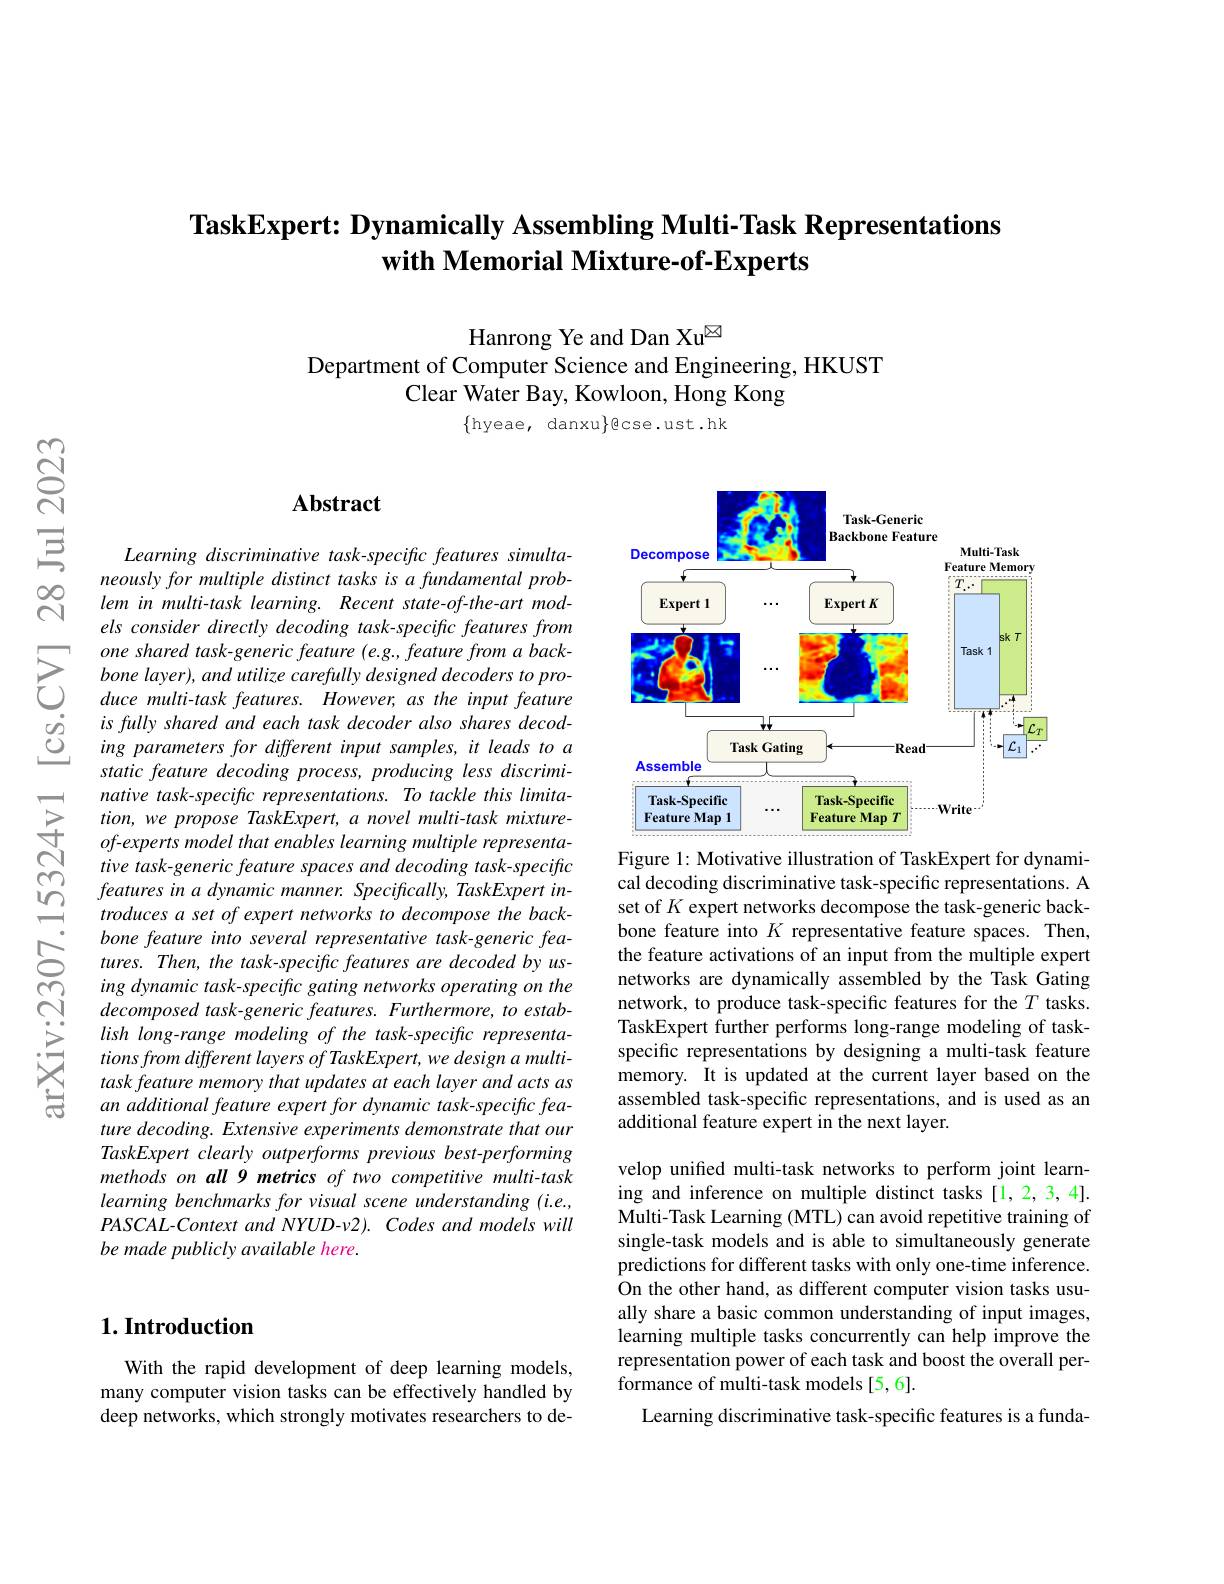
## TaskExpert: Dynamically Assembling Multi-Task Representations with Memorial Mixture-of-Experts

Hanrong Ye and Dan Xu$^{\textcircled{\mathrm{m}}}$
Department of Computer Science and Engineering, HKUST
Clear Water Bay, Kowloon, Hong Kong

$\{$hyeae, danxu$\}$ecse.ust.hk

### $\mathbf{Abstract}$

<FigureHere>
Figure 1: Motivative illustration of TaskExpert for dynami-

Learning discriminative task-specific features simultaneously for multiple distinct tasks is a fundamental problem in multi-task learning. Recent state-of-the-art models consider directly decoding task-specific features from one shared task-generic feature (e.g., feature from a backbone layer), and utilize carefully designed decoders to produce multi-task features. However, as the input feature is fully shared and each task decoder also shares decoding parameters for different input samples, it leads to a static feature decoding process, producing less discriminative task-specific representations. To tackle this limita- $tion, wepropose\textit{TaskExpert, a novel multi- task mixture- }$ of-experts model that enables learning multiple representative task-generic feature spaces and decoding task-specific features in a dynamic manner. Specifically, TaskExpert introduces a set of expert networks to decompose the backbone feature into several representative task-generic features. Then, the task-specific features are decoded by using dynamic task-specific gating networks operating on the decomposed task-generic features. Furthermore, to establish long-range modeling of the task-specific representationsfromdifferent layers of TaskExpert, we design a multitask feature memory that updates at each layer and acts as an additional feature expert for dynamic task-specific feature decoding. Extensive experiments demonstrate that our TaskExpert clearly outperforms previous best-performing methods on all 9 metrics of two competitive multi-task learning benchmarks for visual scene understanding (i.e., $PASCAL-ContextandNYUD-v2).Codesandmodelswill$ be made publicly available here.

cal decoding discriminative task-specific representations. A set of $K$ expert networks decompose the task-generic backbone feature into $K$ representative feature spaces. Then, the feature activations of an input from the multiple expert networks are dynamically assembled by the Task Gating network, to produce task-specific features for the $T$ tasks. TaskExpert further performs long-range modeling of taskspecific representations by designing a multi-task feature memory. It is updated at the current layer based on the assembled task-specific representations, and is used as an additional feature expert in the next layer.

velop unified multi-task networks to perform joint learning and inference on multiple distinct tasks [1,2,3,4]. Multi-Task Learning (MTL) can avoid repetitive training of single-task models and is able to simultaneously generate predictions for different tasks with only one-time inference. On the other hand, as different computer vision tasks usually share a basic common understanding of input images, learning multiple tasks concurrently can help improve the representation power of each task and boost the overall performance of multi-task models [5,6].
Learning discriminative task-specific features is a funda-

### $1. \textbf{Introduction}$

With the rapid development of deep learning models, many computer vision tasks can be effectively handled by deep networks, which strongly motivates researchers to de-